Sanitation, dispensaries and jails vaccination Rajputana 1922-1927 - 1922-1927
Year: 1922
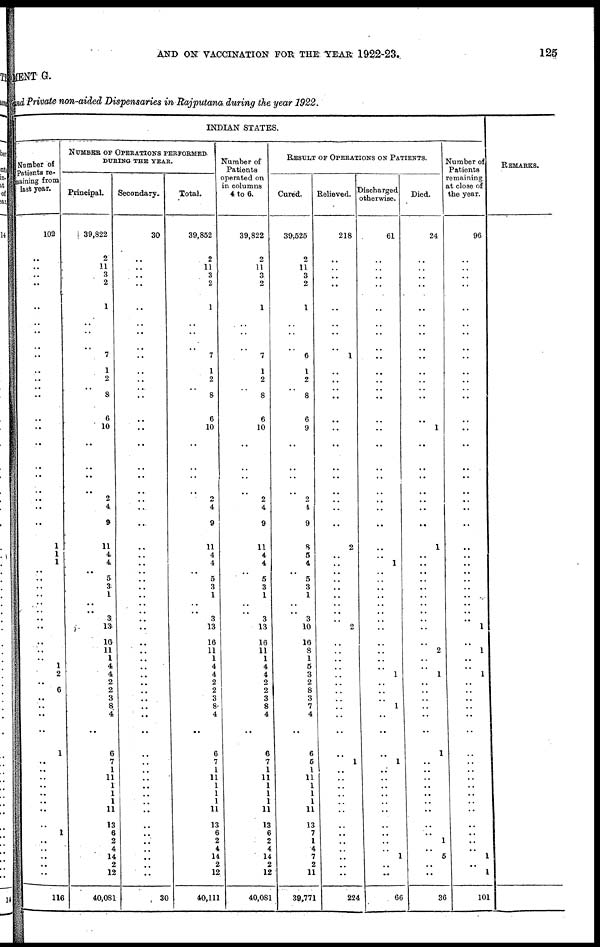
AND ON VACCINATION FOR THE YEAR 1922-23.
125
MENT G.
and Private non-aided Dispensaries in Rajputana during the year 1922.
INDIAN STATES.
Number of
Patients re-
maining from
last year.
102
..
..
..
..
..
..
..
..
..
..
..
..
..
..
..
..
..
..
..
..
..
1
1
1
.. ..
..
..
..
..
..
..
..
..
..
1
2
..
6
..
..
..
..
1
..
..
..
..
..
..
..
..
1
..
..
..
..
..
116
NUMBER OF OPERATIONS PERFORMED
DURING THE YEAR.
Principal.
39,822
2
11
3
2
..
1
..
..
7
1
2
8
6
10
..
..
..
.. 2
4
9
11
4
4
..
5
3
1
..
.. 3
13
16
11
1
4
4
2
2
3
8
4
..
6
7
1
11
1
1
1
11
13
6
2
4
14
2
12
40,081
Secondary.
30
..
..
..
..
..
..
..
..
..
..
..
..
..
..
..
..
..
..
..
..
..
..
..
..
.. ..
..
..
..
..
..
..
..
..
..
..
..
..
..
..
..
..
..
..
..
..
..
..
..
..
..
..
..
..
..
..
..
..
30
Total.
39,852
2
11
3
2
..
1
..
..
7
1
2
8
6
10
..
..
..
..
2
4
9
11
4
4
..
5
3
1
..
.. 3
13
16
11
1
4
4
2
2
3
8
4
..
6
7
1
11
1
1
1
11
13
6
2
4
14
2
12
40,111
Number of
Patients
operated on
in columns
4 to 6.
39,822
2
11
3
2
..
1
..
..
7
1
2
8
6
10
..
..
..
.. 2
4
9
11
4
4
..
5
3
1
..
.. 3
13
16
11
1
4
4
2
2
3
8
4
..
6
7
1
11
1
1
1
11
13
6
2
4
14
2
12
40,081
RESULT OF OPERATIONS ON PATIENTS.
Cured.
39,525
2
11
3
2
..
1
..
..
6
1
2
8
6
9
..
..
..
.. 2
4
9
8
5
4
..
5
3
1
..
.. 3
10
16
8
1
5
3
2
8
3
7
4
..
6
5
1
11
1
1
1
11
13
7
1
4
7
2
11
39,771
Relieved.
218
..
..
..
..
..
..
..
..
1
..
..
..
..
..
..
..
..
..
..
..
..
2
..
..
.. ..
..
..
..
..
..
2
..
..
..
..
..
..
..
..
..
..
..
..
1
..
..
..
..
..
..
..
..
..
..
..
..
..
224
Discharged
otherwise.
61
..
..
..
..
..
..
..
..
..
..
..
..
..
..
..
..
..
..
..
..
..
..
..
1
.. ..
..
..
..
..
..
..
..
..
..
..
1
..
..
..
1
..
..
..
1
..
..
..
..
..
..
..
..
..
. .
1
..
..
66
Died.
24
..
..
..
..
..
..
..
..
..
..
..
..
..
1
..
..
..
..
..
..
..
1
..
..
.. ..
..
..
..
..
..
..
..
2
..
..
1
..
..
..
..
..
..
1
..
..
..
..
..
..
..
..
..
1
..
5
..
..
36
Number of
Patients
remaining
at close of
the year.
96
..
..
..
..
..
..
..
..
..
..
..
..
..
..
..
..
..
..
..
..
..
..
..
..
.. ..
..
..
..
..
..
1
..
1
..
..
1
..
..
..
..
..
..
..
..
..
..
..
..
..
..
..
..
..
..
1
..
1
101
REMARKS.